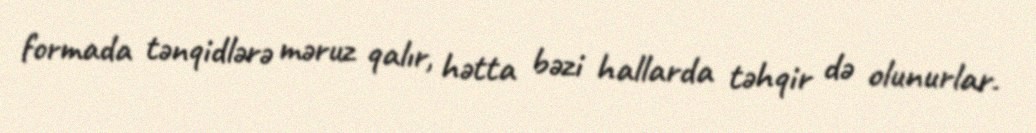
formada tənqidlərə məruz qalır, hətta bəzi hallarda təhqir də olunurlar.